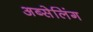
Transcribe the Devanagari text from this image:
अब्सेलिंग